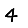
Digit: 4